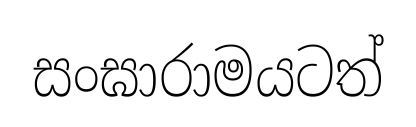
සංඝාරාමයටත්